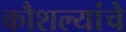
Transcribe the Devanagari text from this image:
कौशल्यांचे